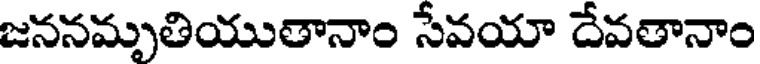
జననమృతియుతానాం సేవయా దేవతానాం